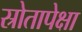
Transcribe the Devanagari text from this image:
स्रोतापेक्षा